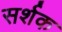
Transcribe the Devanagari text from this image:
सर्शक